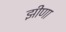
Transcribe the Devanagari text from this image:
झीणा